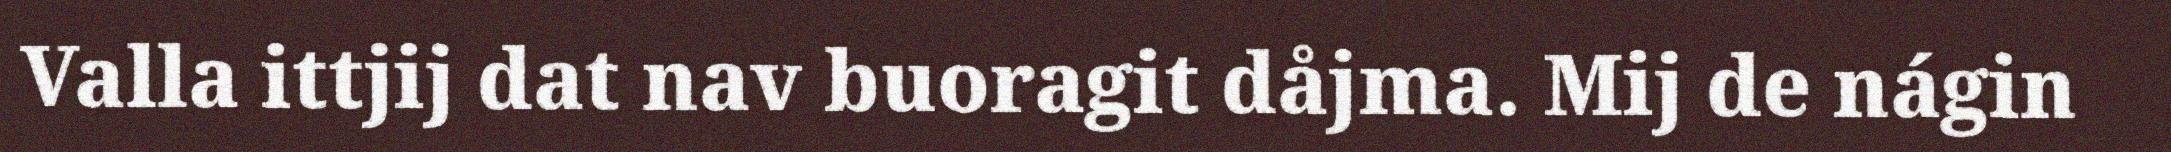
Valla ittjij dat nav buoragit dåjma. Mij de nágin